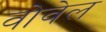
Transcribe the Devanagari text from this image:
वोवेल